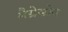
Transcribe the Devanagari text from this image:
मैग्रेसोन